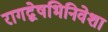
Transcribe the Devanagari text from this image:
रागद्वेषभिनिवेशा